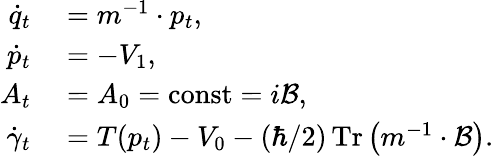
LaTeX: \begin{array}{rl}{\dot{q}_{t}}&{{}=m^{-1}\cdot p_{t},}\\ {\dot{p}_{t}}&{{}=-V_{1},}\\ {A_{t}}&{{}=A_{0}=\operatorname{const}=i\mathcal{B},}\\ {\dot{\gamma}_{t}}&{{}=T(p_{t})-V_{0}-(\hbar/2)\operatorname*{Tr}\left(m^{-1}\cdot\mathcal{B}\right).}\end{array}